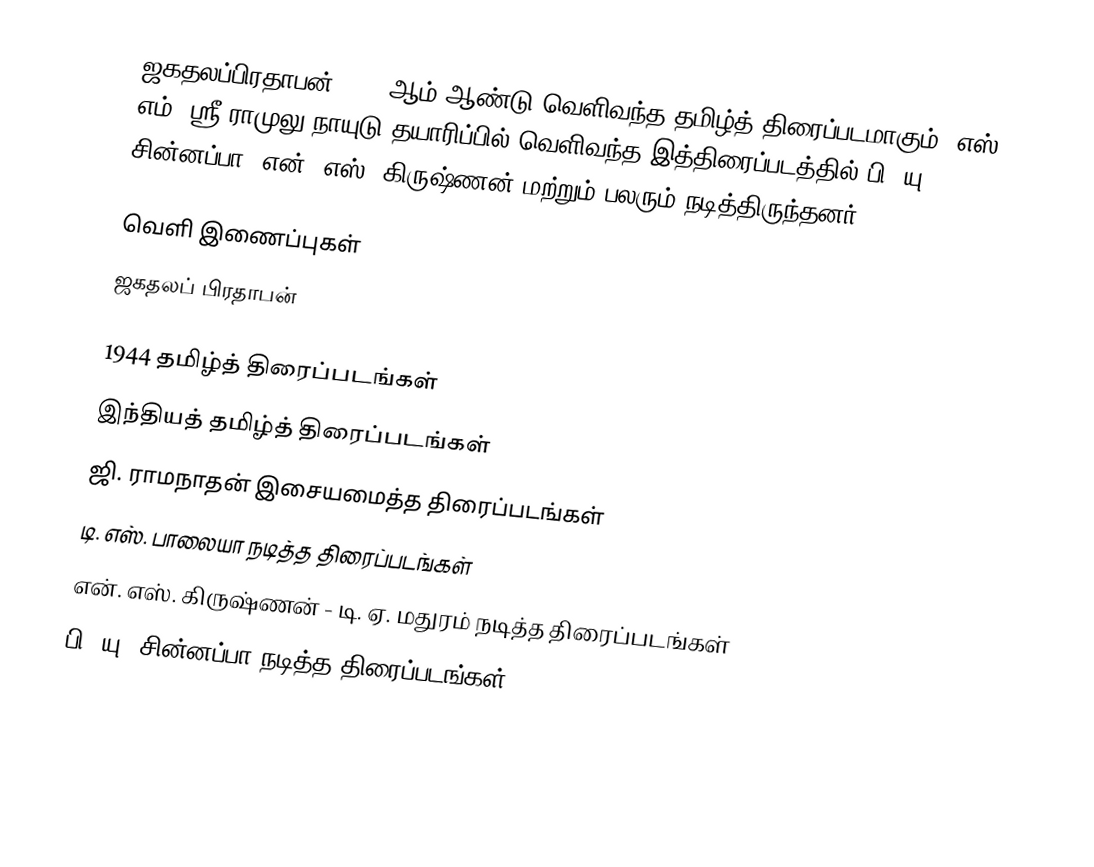
ஜகதலப்பிரதாபன் 1944 ஆம் ஆண்டு வெளிவந்த தமிழ்த் திரைப்படமாகும். எஸ். எம். ஸ்ரீ ராமுலு நாயுடு தயாரிப்பில் வெளிவந்த இத்திரைப்படத்தில் பி. யு. சின்னப்பா, என். எஸ். கிருஷ்ணன் மற்றும் பலரும் நடித்திருந்தனர்.

வெளி இணைப்புகள்
 ஜகதலப் பிரதாபன்

1944 தமிழ்த் திரைப்படங்கள்
இந்தியத் தமிழ்த் திரைப்படங்கள்
ஜி. ராமநாதன் இசையமைத்த திரைப்படங்கள்
டி. எஸ். பாலையா நடித்த திரைப்படங்கள்
என். எஸ். கிருஷ்ணன் - டி. ஏ. மதுரம் நடித்த திரைப்படங்கள்
பி. யு. சின்னப்பா நடித்த திரைப்படங்கள்